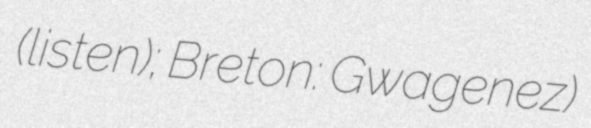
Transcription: (listen); Breton: Gwagenez)